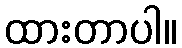
ထားတာပါ။